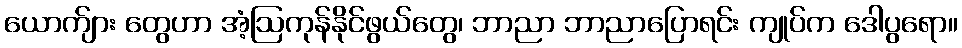
ယောက်ျား တွေဟာ အံ့ဩကုန်နိုင်ဖွယ်တွေ၊ ဘာညာ ဘာညာပြောရင်း ကျုပ်က ဒေါပွရော။